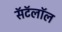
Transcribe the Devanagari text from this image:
सॅटॅलॉल